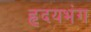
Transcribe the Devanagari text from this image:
हृदयभंग